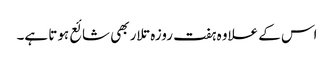
اس کے علاوہ ہفت روزہ تلار بھی شائع ہوتا ہے۔